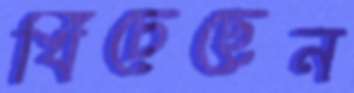
খিঁচেছেন